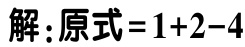
解：原式\(=1 + 2 - 4\)